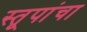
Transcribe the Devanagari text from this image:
स्तूपांचा